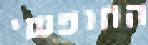
החופשי